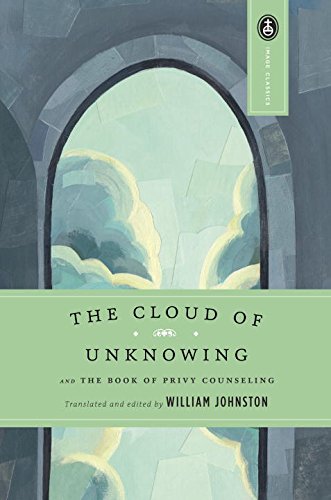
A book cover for The Cloud of Unknowing: and The Book of Privy Counseling; Christian Books & Bibles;